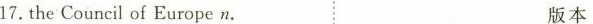
17.the Council of Europe n. 版本